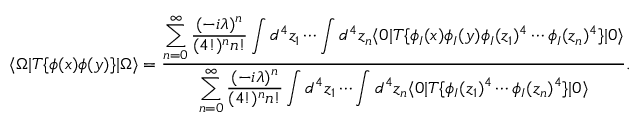
\langle \Omega | T \{ \phi ( x ) \phi ( y ) \} | \Omega \rangle = { \frac { \displaystyle \sum _ { n = 0 } ^ { \infty } { \frac { ( - i \lambda ) ^ { n } } { ( 4 ! ) ^ { n } n ! } } \int d ^ { 4 } z _ { 1 } \cdots \int d ^ { 4 } z _ { n } \langle 0 | T \{ \phi _ { I } ( x ) \phi _ { I } ( y ) \phi _ { I } ( z _ { 1 } ) ^ { 4 } \cdots \phi _ { I } ( z _ { n } ) ^ { 4 } \} | 0 \rangle } { \displaystyle \sum _ { n = 0 } ^ { \infty } { \frac { ( - i \lambda ) ^ { n } } { ( 4 ! ) ^ { n } n ! } } \int d ^ { 4 } z _ { 1 } \cdots \int d ^ { 4 } z _ { n } \langle 0 | T \{ \phi _ { I } ( z _ { 1 } ) ^ { 4 } \cdots \phi _ { I } ( z _ { n } ) ^ { 4 } \} | 0 \rangle } } .